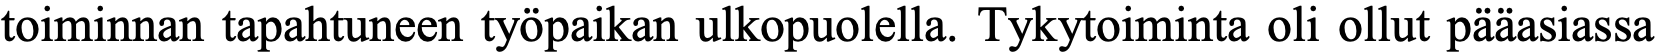
toiminnan tapahtuneen työpaikan ulkopuolella. Tykytoiminta oli ollut pääasiassa